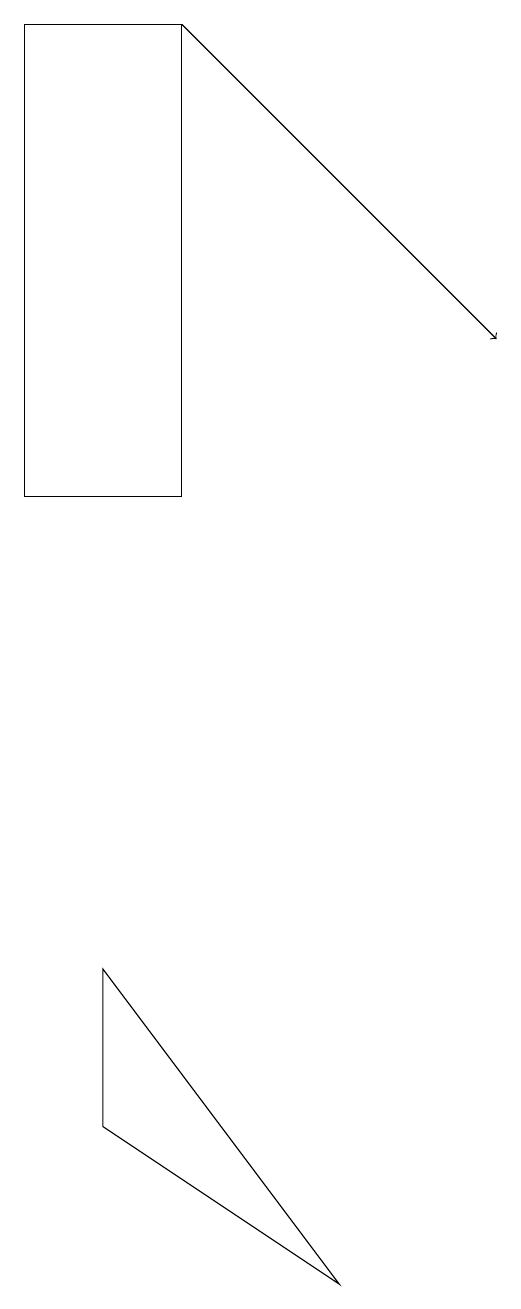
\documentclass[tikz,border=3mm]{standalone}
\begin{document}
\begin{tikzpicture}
\draw[->] (2,17) -- (6,13);
\draw (1,3) -- (1,5) -- (4,1) -- cycle;
\draw (2,17) rectangle (0,11);
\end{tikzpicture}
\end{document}